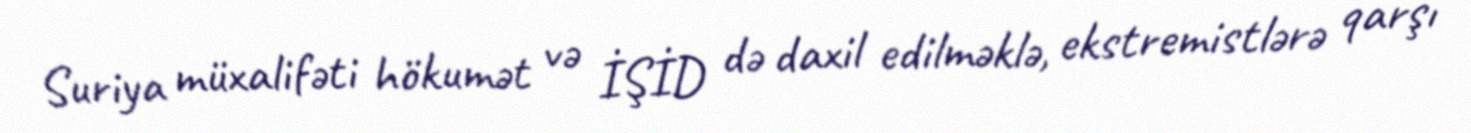
Suriya müxalifəti hökumət və İŞİD də daxil edilməklə, ekstremistlərə qarşı